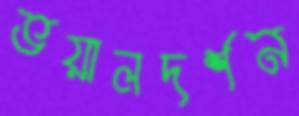
ভয়ালদর্শন